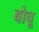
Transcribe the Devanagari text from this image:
बोचू